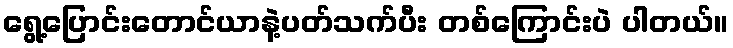
ရွေ့ပြောင်းတောင်ယာနဲ့ပတ်သက်ပီး တစ်ကြောင်းပဲ ပါတယ်။